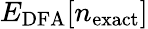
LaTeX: E_{\mathrm{DFA}}[n_{\mathrm{exact}}]